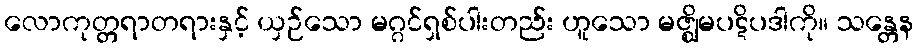
လောကုတ္တရာတရားနှင့် ယှဉ်သော မဂ္ဂင်ရှစ်ပါးတည်း ဟူသော မဇ္ဈိမပဋိပဒါကို။ သန္တေန